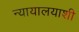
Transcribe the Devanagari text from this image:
न्यायालयाशी